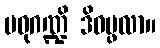
မဓုဂဏ္ဍိ ဒိဝပ္ဖလာ။